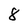
Character: 8